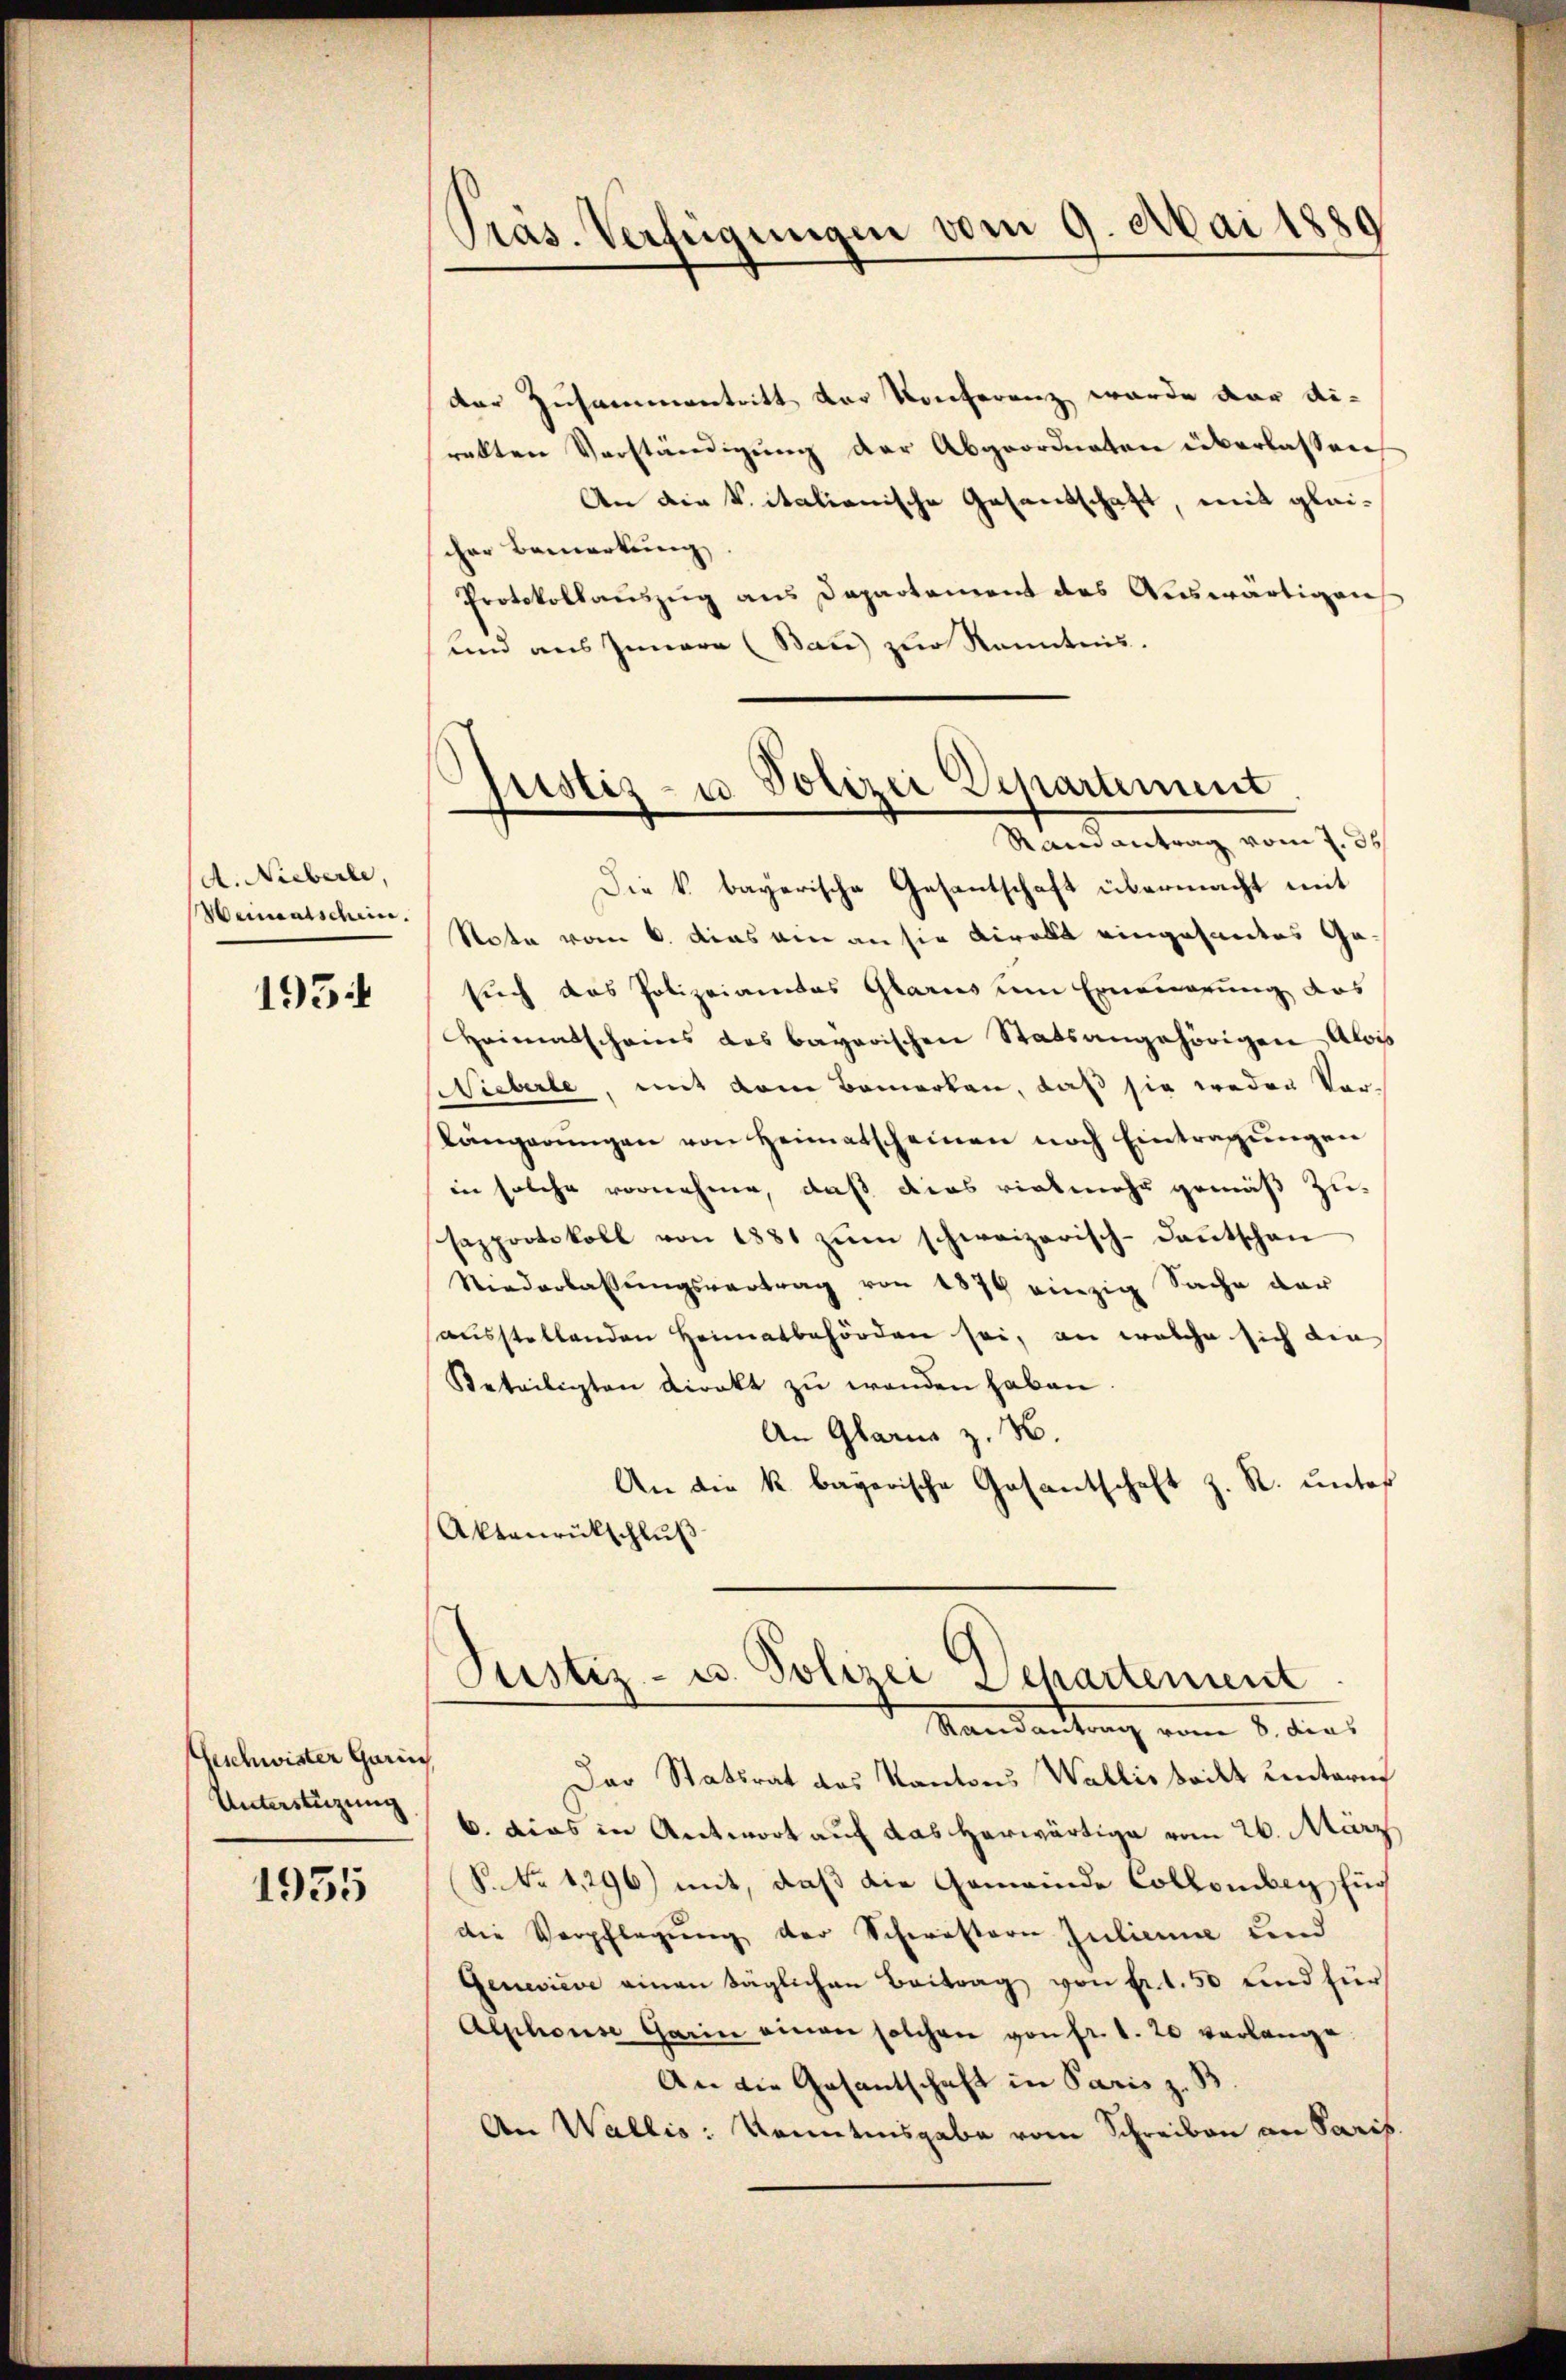
A. Nieberle,
193

Geschwister Garin
Unterstüzung

1935

Präs. Verfügungen vom 9. Mai 1889

der Zusammentritt der Konferenz wurde der eirakten Verständigung der Abgeordneten überlassen
An die k. italionische Gesantschaft, mit gleicher Bemerkung
Protokollauszug aus Departement des Auswärtigen
und aus Innere (Bau) zur Kenntnis.

Die k. bayerische Gesantschaft übermacht mit
Meinentschen Rata vom 6. dies ain an sie kiralt eingesantes Gesuch das Polizeiamtes Glarus um Erneuerung das
Heimatscheins des bayerischen Statsangehörigen Alois
Nieberle, mit dem Bemerken, daß sie weder Vor¬
Kängerŭngen von Heimatscheinen noch Eintragŭngen
in solche vornehme, daß dies vielmehr gemäß zusapprotokoll von 1881 zŭm schweizerisch-dantschan
Niederlassŭngsvertrag von 1876 einzig Sache dar
sausstellenden Heimatbehörden sei, an welche sich die
Beteiligten direkt zŭ wenden haben.
An Glarus z. B.
An die k. bayerische Gesantschaft z. R. unter
Aktenrückschluß

Justiz- u Polizei Departement
Randantrag vom 2. 36

Justiz- u. Polizei Departement
Mandankung vom 1. den

Das Statsrat des Kantons Wallistrikt unterm
6. dies in Antwort auf das herwärtige vom 26. März
NNo. 1296) mit, daß die Gemeinde Collomben, Eug
die Verpflegung der Schwistern Juliane und
Geneviève einen täglichen Beitrag von fr. 50 und für
Alphouse Garin einen solchen von fr. 1. 20 verlange
An die Gesantschaft in Paris z. B
An Wallis: Kenntnisgabe vom Schreiben an Paris.